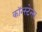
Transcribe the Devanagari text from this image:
कॉन्स्टेन्स